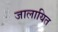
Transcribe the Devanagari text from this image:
जालायित